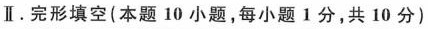
\Pi .完形填空(本题 10 小题,每小题 1分,共 10 分)